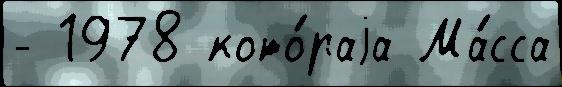
- 1978 кото́раjа Ма́сса